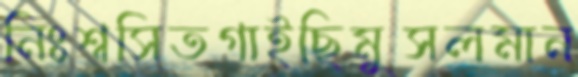
নিঃশ্বসিতগাইছিমুসলমান